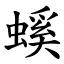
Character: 螇